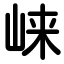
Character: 崃